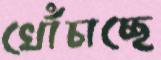
খোঁচাচ্ছে